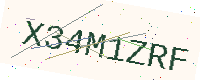
Text: X34M1ZRF